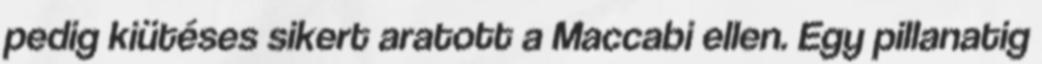
pedig kiütéses sikert aratott a Maccabi ellen. Egy pillanatig